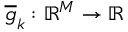
\overline { { g } } _ { k } : \mathbb { R } ^ { M } \to \mathbb { R }